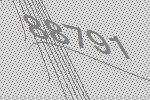
88791